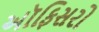
અૉફિસરો